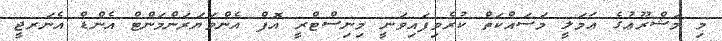
މި މަޝްރޫޢުގެ ޢަމަލީ މަސައްކަތް ކުރެވިފައިވަނީ މިނިސްޓްރީ އޮފް އެންވަޔަރަންމަންޓް އެންޑް އެނަރޖީ